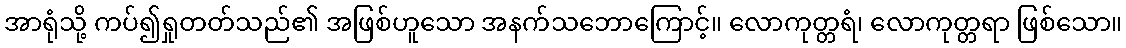
အာရုံသို့ ကပ်၍ရှုတတ်သည်၏ အဖြစ်ဟူသော အနက်သဘောကြောင့်။ လောကုတ္တရံ၊ လောကုတ္တရာ ဖြစ်သော။